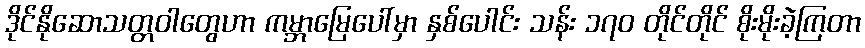
ဒိုင်နိုဆောသတ္တဝါတွေဟာ ကမ္ဘာမြေပေါ်မှာ နှစ်ပေါင်း သန်း ၁၇၀ တိုင်တိုင် စိုးမိုးခဲ့ကြတာ